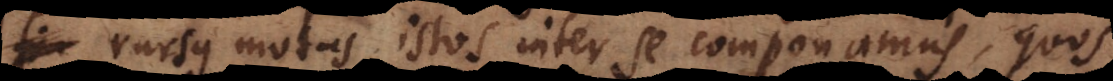
rursus motus istos inter se componamus, quos